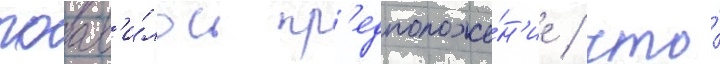
поав'и́лось пр'едположе́н'ие / что́